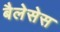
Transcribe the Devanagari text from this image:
बैलेसेस